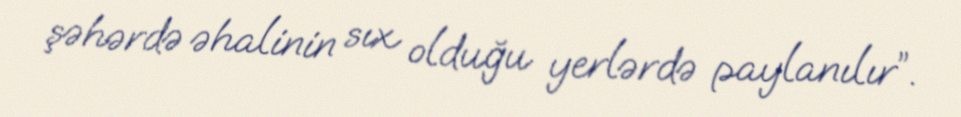
şəhərdə əhalinin sıx olduğu yerlərdə paylanılır”.